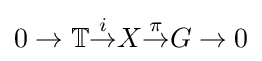
0\rightarrow \mathbb {T} {\stackrel {i}{\rightarrow }}X{\stackrel {\pi }{\rightarrow }}G\rightarrow 0